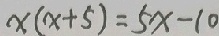
x ( x + 5 ) = 5 x - 1 0